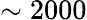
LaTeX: \sim 2000